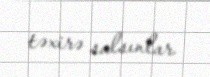
təxirə salsınlar.